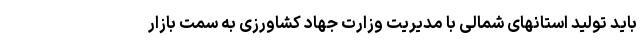
باید تولید استانهای شمالی با مدیریت وزارت جهاد کشاورزی به سمت بازار